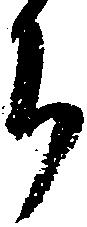
ち